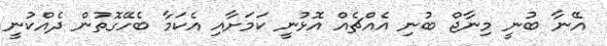
އޭނާ ބުނީ މިނާޖް ބުނި އެއްޗެއް އޮޅުނީ ކަމަށާއި އެކަމާ ބެހޭގޮތުން ދެއްކުނީ